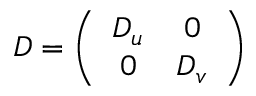
{ \cal { D } } = \left( \begin{array} { c c } { { D _ { u } } } & { { 0 } } \\ { { 0 } } & { { D _ { v } } } \end{array} \right)